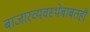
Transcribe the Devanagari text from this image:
बाजारव्यवस्थेबाबतही